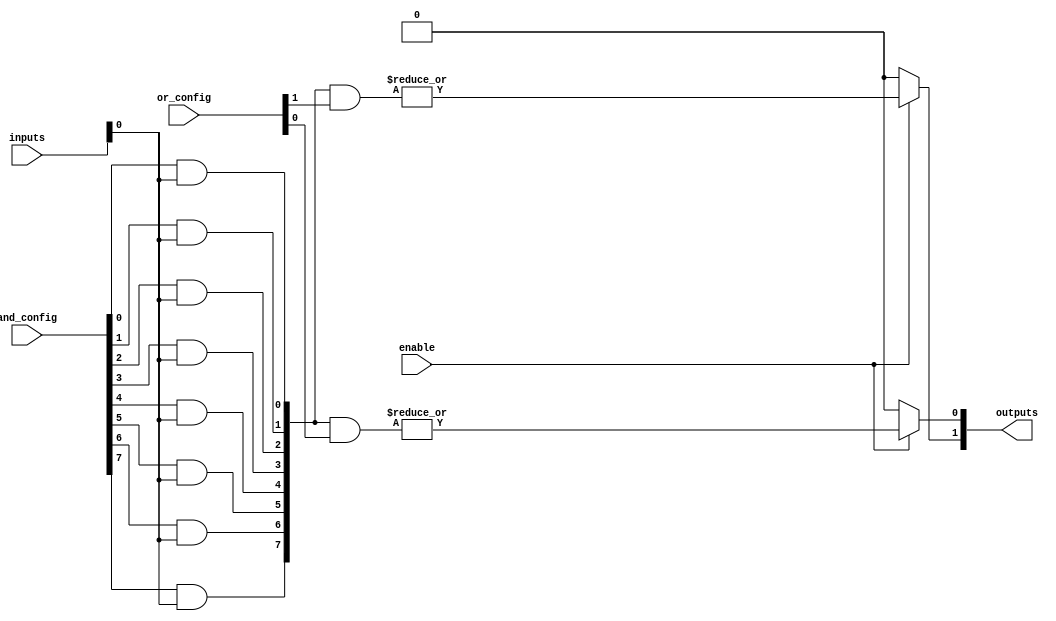
module SPAL #(
    parameter INPUT_WIDTH = 4,  // Number of inputs
    parameter PRODUCT_TERMS = 8, // Number of product terms
    parameter OUTPUT_WIDTH = 2   // Number of outputs
)(
    input wire [INPUT_WIDTH-1:0] inputs,                // Input lines
    input wire [PRODUCT_TERMS-1:0] and_config,          // AND configuration
    input wire [PRODUCT_TERMS-1:0] or_config,           // OR configuration
    input wire enable,                                    // Enable signal for outputs
    output wire [OUTPUT_WIDTH-1:0] outputs              // Output lines
);

// Programmable AND array
wire [PRODUCT_TERMS-1:0] and_out;

// Generate product terms based on configuration
genvar i;
generate
    for (i = 0; i < PRODUCT_TERMS; i = i + 1) begin : and_array
        assign and_out[i] = (and_config[i] & inputs);
    end
endgenerate

// Programmable OR array
wire [OUTPUT_WIDTH-1:0] final_outputs;

// Generate final outputs based on OR configuration
generate
    for (i = 0; i < OUTPUT_WIDTH; i = i + 1) begin : or_array
        assign final_outputs[i] = enable ? |(and_out & or_config[i]) : 1'b0;
    end
endgenerate

// Assign outputs
assign outputs = final_outputs;

endmodule